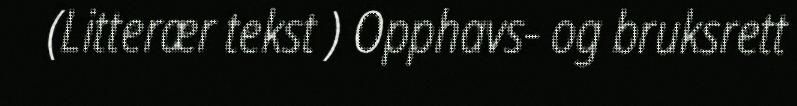
(Litterær tekst ) Opphavs- og bruksrett